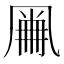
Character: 𠙘